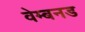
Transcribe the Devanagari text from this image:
वेम्बनड